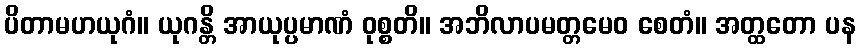
ပိတာမဟယုဂံ။ ယုဂန္တိ အာယုပ္ပမာဏံ ဝုစ္စတိ။ အဘိလာပမတ္တမေဝ စေတံ။ အတ္ထတော ပန